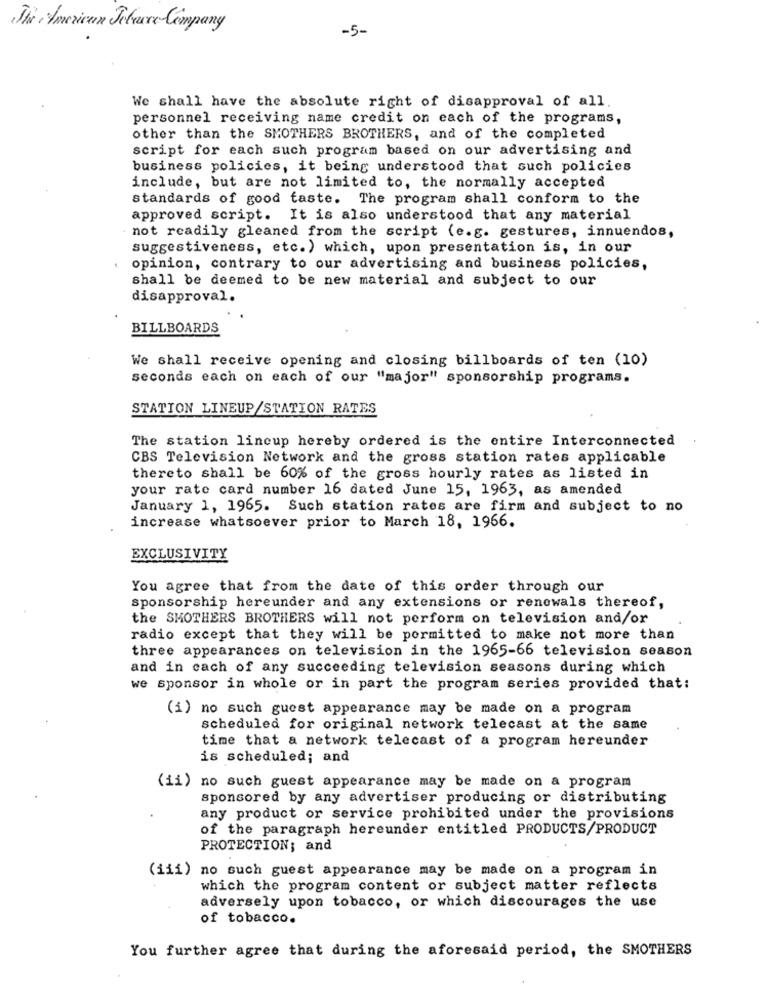
The American Jelsure Company
-5-
We shall have the absolute right of disapproval of all.
personnel receiving name credit on each of the programs,
other than the SMOTHERS BROTHERS, and of the completed
script for each such program based on our advertising and
business policies, it being understood that such policies
include, but are not limited to, the normally accepted
standards of good taste. The program shall conform to the
approved script. It is also understood that any material
not readily gleaned from the script (e.g. gestures, innuendos,
suggestiveness, etc.) which, upon presentation is, in our
opinion, contrary to our advertising and business policies,
shall be deemed to be new material and subject to our
disapproval.
BILLBOARDS
We shall receive opening and closing billboards of ten (10)
seconds each on each of our "major" sponsorship programs.
STATION LINEUP/STATION RATES
The station lineup hereby ordered is the entire Interconnected
CBS Television Network and the gross station rates applicable
thereto shall be 60% of the gross hourly rates as listed in
your rate card number 16 dated June 15, 1963, as amended
January 1, 1965. Such station rates are firm and subject to no
increase whatsoever prior to March 18, 1966.
EXCLUSIVITY
You agree that from the date of this order through our
sponsorship hereunder and any extensions or renewals thereof,
the SMOTHERS BROTHERS will not perform on television and/or
radio except that they will be pormitted to make not more than
three appearances on television in the 1965-66 television season
and in cach of any succeeding television seasons during which
we sponsor in whole or in part the program series provided that:
(i) no such guest appearance may be made on a program
scheduled for original network telecast at the same
time that a network telecast of a program hereunder
is scheduled; and
(ii) no such guest appearance may be made on a program
sponsored by any advertiser producing or distributing
any product or service prohibited under the provisions
of the paragraph hereunder entitled PRODUCTS/PRODUCT
PROTECTION; and
(iii) no such guest appearance may be made on a program in
which the program content or subject matter reflects
adversely upon tobacco, or which discourages the use
of tobacco.
You further agree that during the aforesaid period, the SMOTHERS